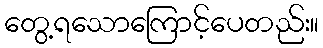
တွေ့ရသောကြောင့်ပေတည်း။